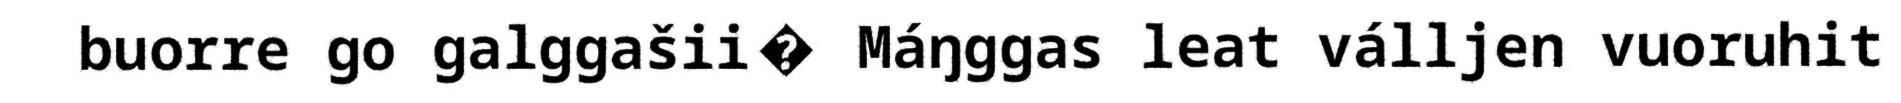
buorre go galggašii� Máŋggas leat válljen vuoruhit